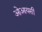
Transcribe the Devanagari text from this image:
ओआयसी